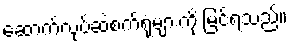
ဆောက်လုပ်ဆဲစက်ရုံများကို မြင်ရသည်။